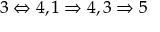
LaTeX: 3 \Leftrightarrow 4 , 1 \Rightarrow 4 , 3 \Rightarrow 5